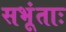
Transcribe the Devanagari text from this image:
सभूंताः